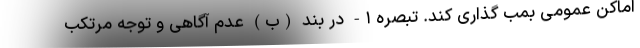
اماکن عمومی بمب گذاری کند. تبصره ۱- در بند (ب) عدم آگاهی و توجه مرتکب